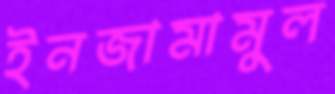
ইনজামামুল